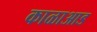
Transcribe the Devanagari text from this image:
काळाआड